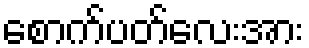
စောက်ပတ်လေးအား